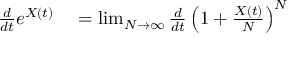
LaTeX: \begin{array} { r l } { { \frac { d } { d t } } e ^ { X ( t ) } } & { { } = \operatorname* { l i m } _ { N \to \infty } { \frac { d } { d t } } \left( 1 + { \frac { X ( t ) } { N } } \right) ^ { N } } \end{array}